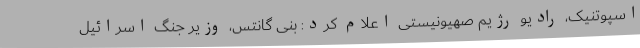
اسپوتنیک، رادیو رژیم صهیونیستی اعلام کرد: بنی گانتس، وزیر جنگ اسرائیل